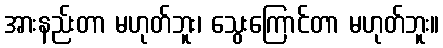
အားနည်းတာ မဟုတ်ဘူး၊ သွေးကြောင်တာ မဟုတ်ဘူး။